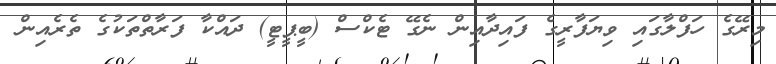
މިރޭގެ ހަފްލާގައި ވިޔަފާރީގެ ފައިދާއިން ނެގޭ ޓެކްސް (ބީޕީޓީ) ދައްކާ ފަރާތްތަކުގެ ތެރެއިން